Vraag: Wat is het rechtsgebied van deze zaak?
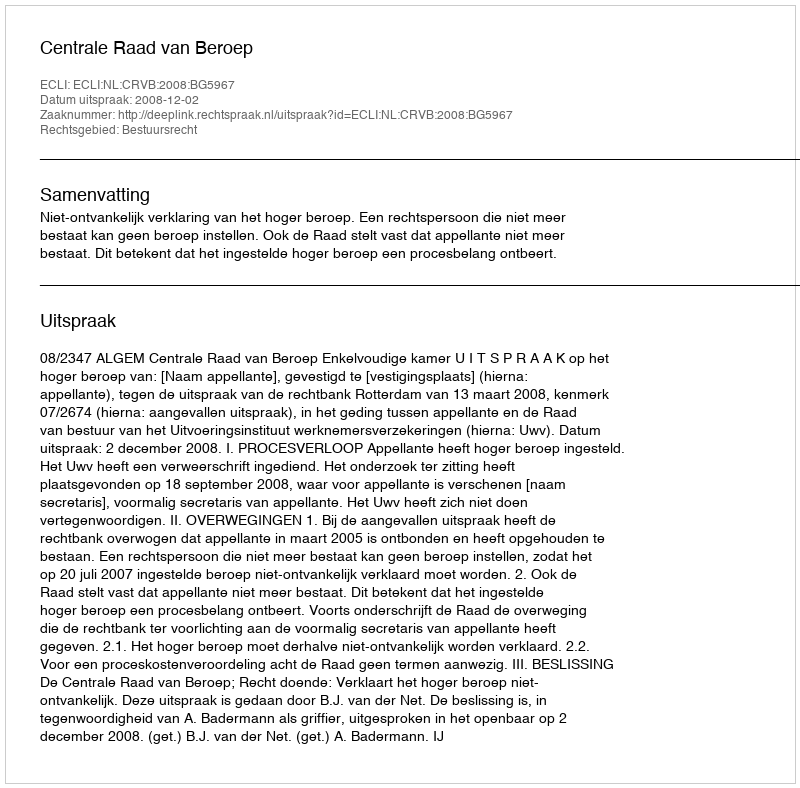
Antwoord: Bestuursrecht